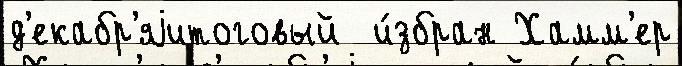
д'екабр'яjитоговый  и́збран Хамм'ер